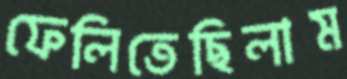
ফেলিতেছিলাম